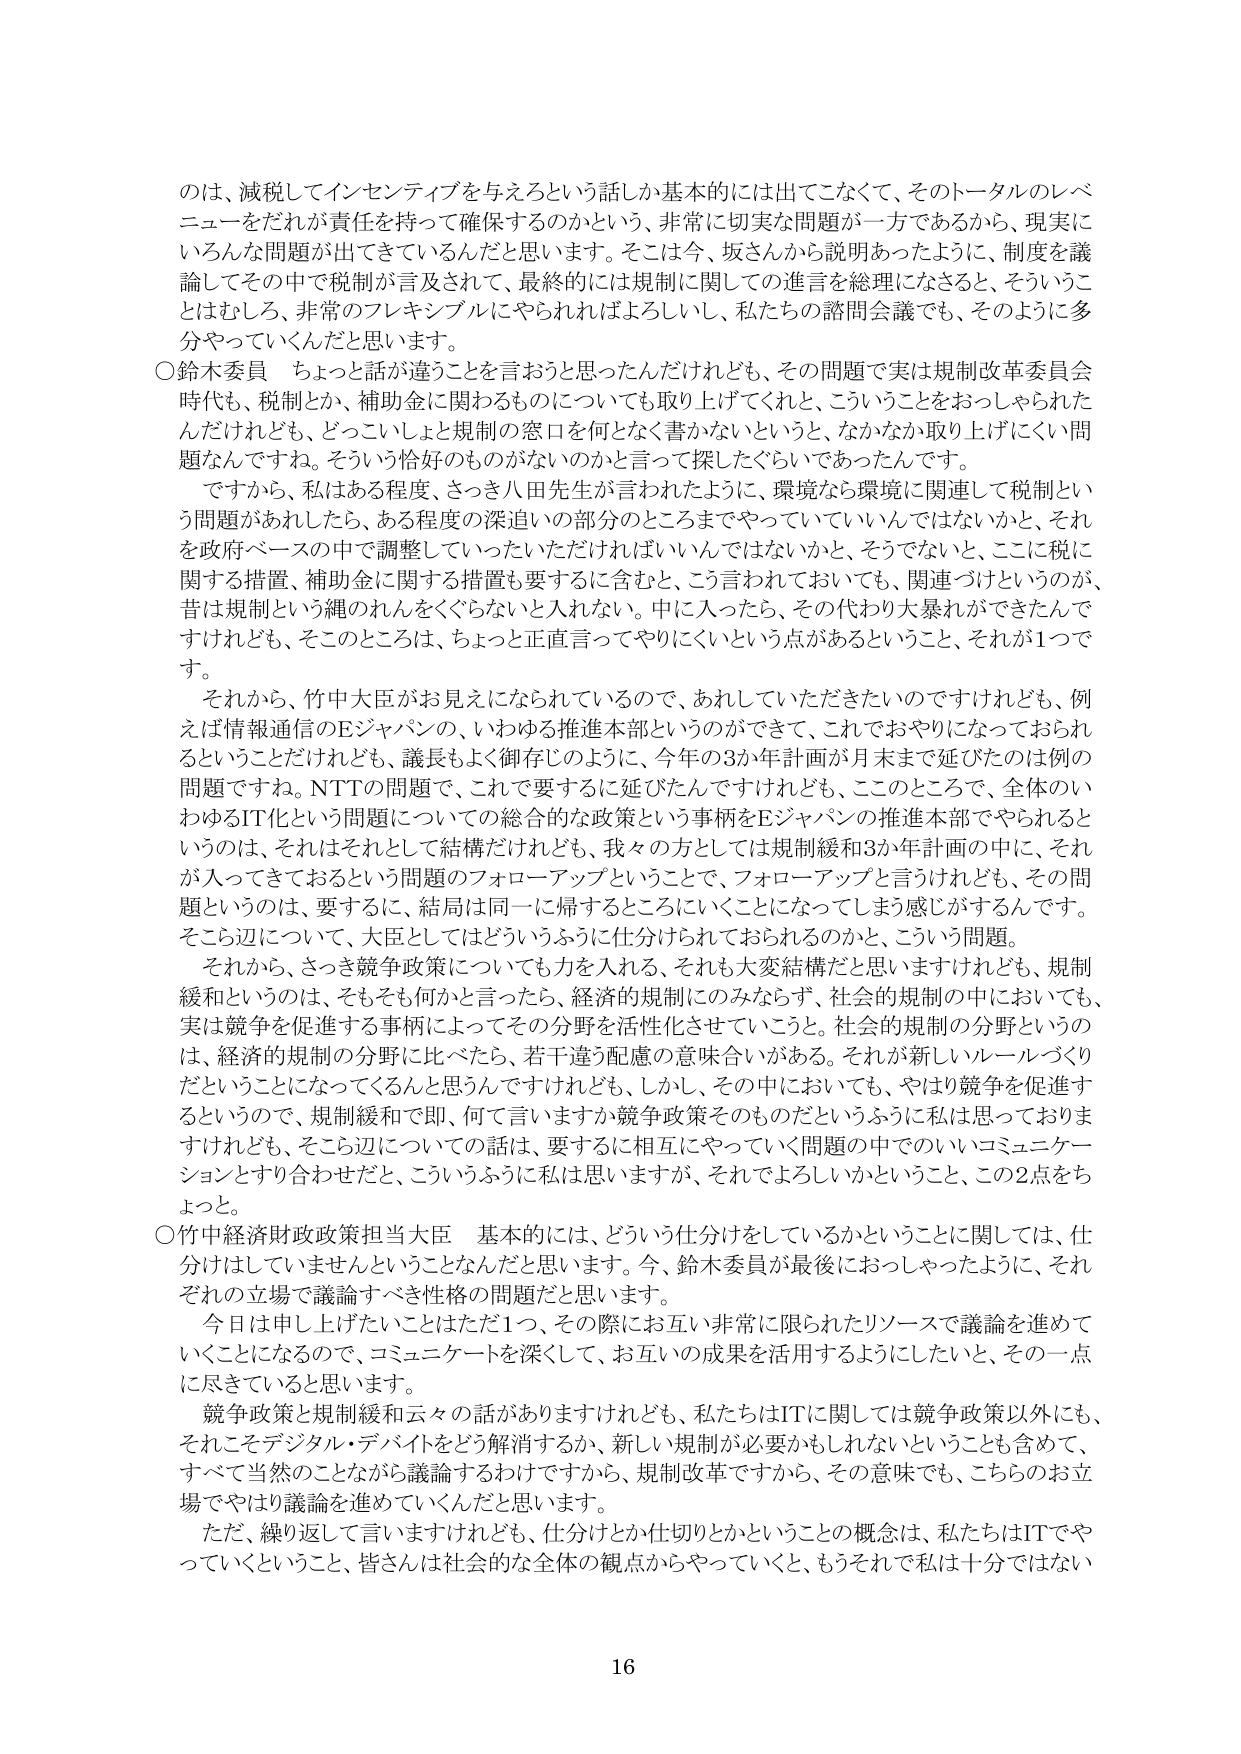
のは、減税してインセンティブを与えるという話しか基本的には出てこなくて、そのトータルのレベ
ニューをだれが責任を持って確保するのかという、非常に切実な問題が一方であるから、現実に
いろんな問題が出てきているんだと思います。そこは今、坂さんから説明あったように、制度を議
論してその中で税制が言及されて、最終的には規制に関しての進言を総理になさると、そういうこ
とはむしろ、非常のフレキシブルにやられればよろしいし、私たちの諮問会議でも、そのように多
分やっていくんだと思います。
○鈴木委員　ちょっと話が違うことを言おうと思ったんだけれども、その問題で実は規制改革委員会
時代も、税制とか、補助金に関わるものについても取り上げてくれと、こういうことをおっしゃられた
んだけれども、どっこいしょと規制の窓口を何となく書かないというと、なかなか取り上げにくい問
題なんですね。そういう恰好のものががないのかと言って探したぐらいであったんです。
　ですから、私はある程度、さっき八田先生が言われたように、環境なら環境に関連して税制とい
う問題があれば、ある程度の深追いの部分のところまでやっていていいんではないかと、それ
を政府ベースの中で調整していったらただしだけはいいんではないかと、そうでないと、ここに税に
関する措置、補助金に関する措置も要するに含むと、こう言われておいても、関連づけというのが、
昔は規制という縄のれんをくぐらないと入れない。中に入ったら、その代わり大暴れができたんで
すけれども、そこのところは、ちょっと正直言ってやりにくいという点があるということ、それが1つで
す。
　それから、竹中大臣がお見えになられているので、あれしていただきたいのですけれども、例
えば情報通信のEジャパンの、いわゆる推進本部というのができて、これでおやりになっておられ
るということだけれども、議長もよく御存じのように、今年の3か年計画が月末まで延びたのは例の
問題ですね。NTTの問題で、これで要するに延びたんですけども、このところで、全体のい
わゆるIT化という問題についての総合的な政策という事柄をEジャパンの推進本部でやられると
いうのは、それはそれとして結構だけれども、我々の方としては規制緩和3か年計画の中に、それ
が入ってきておるという問題のフォローアップということで、フォローアップと言うけれども、その問
題というのは、要するに、結局は同一に帰するところにいくことになってしまう感じがするんです。
そこ辺について、大臣としてはどういうふうに仕分けられておられるのかと、こういう問題。
　それから、さっき競争政策についてでも力を入れる、それも大変結構だと思いますけれども、規制
緩和というのは、そもそも何かと言ったら、経済的規制にのみならず、社会的規制の中においても、
実は競争を促進する事柄によってその分野を活性化させていこうと。社会的規制の分野というの
は、経済的規制の分野に比べたら、若干違う配慮の意味合いがある。それが新しいルールづくり
だということになってくるんと思うんですけれども、しかし、その中においても、やはり競争を促進す
るというので、規制緩和で即、何と言いますか競争政策そのものだというふうに私は思っておりま
すけれども、そこ辺についての話は、要するに相互にやっていく問題の中でのいいコミュニケーションとすり合わせだと、こういうふうに私は思いますがあ、それでよろしいかということ、この2点をち
ょっと。
○竹中経済財政政策担当大臣　基本的には、どういう仕分けをしているかということに関しては、仕
分けはしていませんということなんだと思います。今、鈴木委員が最後におっしゃったように、それ
ぞれの立場で議論すべき性格の問題だと思います。
　今日は申し上げたいことはただ1つ、その際にお互い非常に限られたリソースで議論を進めて
いくことになるので、コミュニケートを深くして、お互いの成果を活用するようにしたいと、その一点
に尽きていると思います。
　競争政策と規制緩和云々の話がありますけれども、私たちはITに関しては競争政策以外にも、
それこそデジタル・デバイドをどう解消するか、新しい規制が必要かもしれないということも含めて、
すべて当然のことながら議論するわけですから、規制改革ですから、その意味でも、こちらのお立
場でやはり議論を進めていくんだと思います。
　ただ、繰り返して言いますけれども、仕分けとか仕切りとかということの概念は、私たちはITでや
っていくということ、皆さんは社会的な全体の観点からやっていくと、もうそれで私は十分ではない
16